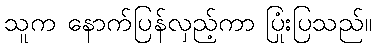
သူက နောက်ပြန်လှည့်ကာ ပြုံးပြသည်။